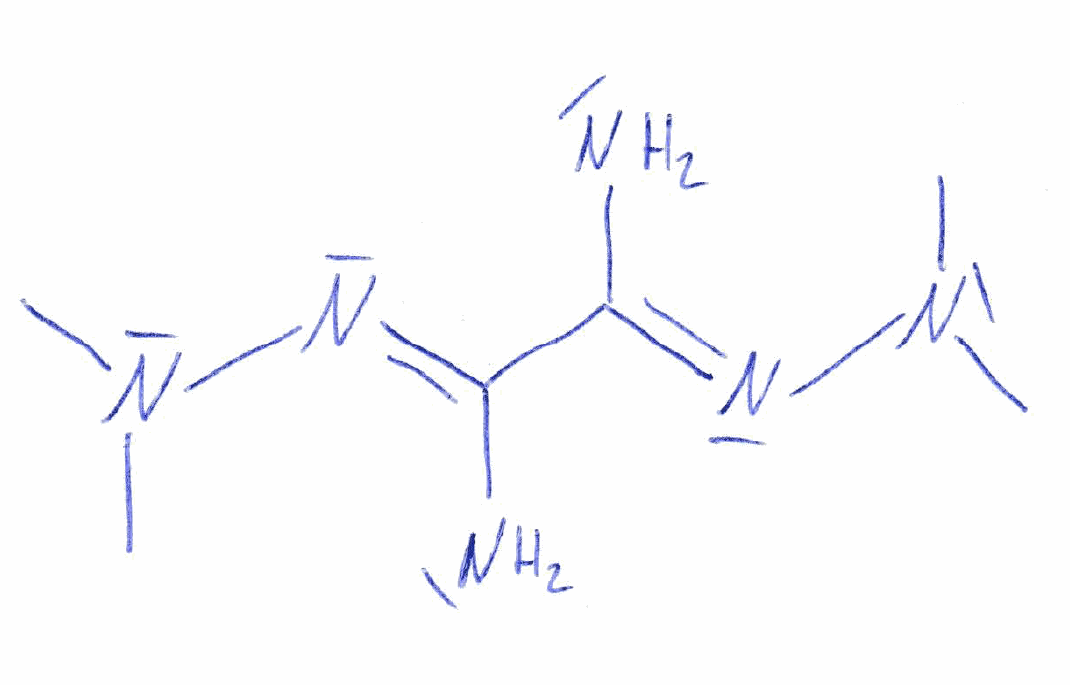
Simplified molecular-input line-entry system (SMILES) notation of the given molecule:
CN(/N=C(\N)/C(=N/N(C)C)/N)C